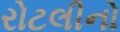
રોટલીનો